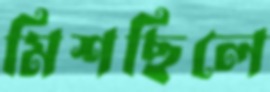
মিশছিলে